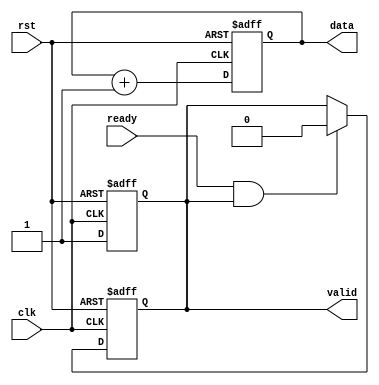
module ready_valid_handshake #(
    parameter DATA_WIDTH = 8
)(
    input wire clk,          // Clock signal
    input wire rst,          // Reset signal
    output reg [DATA_WIDTH-1:0] data,  // Data bus
    output reg valid,        // Valid signal from producer
    input wire ready         // Ready signal from consumer
);

// Producer logic
always @(posedge clk or posedge rst) begin
    if (rst) begin
        // Reset state
        data <= 0;
        valid <= 0;
    end else begin
        // Data generation
        // Example: Increment data for demonstration
        data <= data + 1;

        // Assert valid signal when data is generated
        valid <= 1;
    end
end

// Consumer logic
always @(posedge clk or posedge rst) begin
    if (rst) begin
        // Reset state
        valid <= 0;
    end else begin
        // If ready signal is high, consume the data
        if (ready && valid) begin
            // Data is accepted here; in practice, you would do something with the data
            // For example, store it into a buffer or register
            
            // Reset valid signal to indicate data has been consumed
            valid <= 0;
        end
    end
end

endmodule